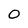
Character: 0